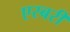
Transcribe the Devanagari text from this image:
एस्बरी